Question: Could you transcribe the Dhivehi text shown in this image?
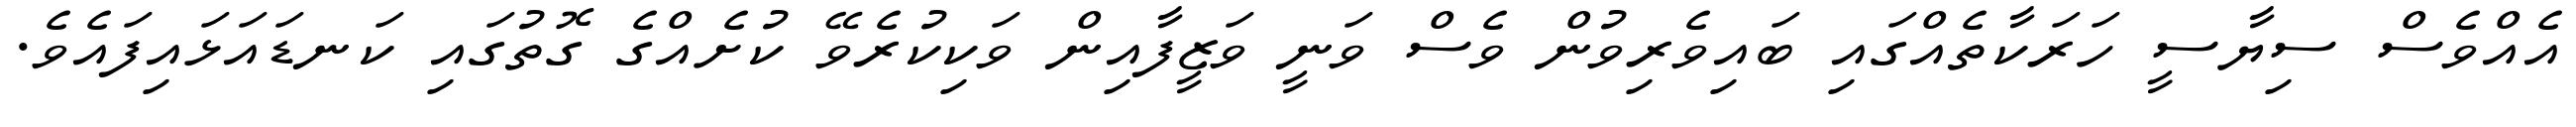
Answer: އެއްވެސް ސިޔާސީ ހަރަކާތެއްގައި ބައިވެރިވުން ވެސް ވަނީ ވަޒީފާއިން ވަކިކުރެވޭ ކުށެއްގެ ގޮތުގައި ކަނޑައަޅައިފައެވެ.